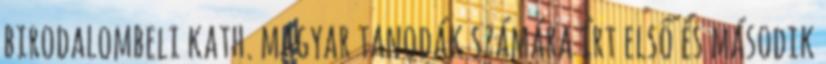
birodalombeli kath. magyar tanodák számára írt első és második